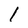
Character: l